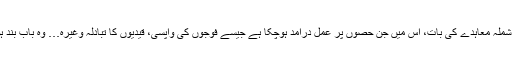
باقی رہی شملہ معاہدے کی بات، اس میں جن حصوں پر عمل درآمد ہوچکا ہے جیسے فوجوں کی واپسی، قیدیوں کا تبادلہ وغیرہ… وہ باب بند ہوچکا ہے۔